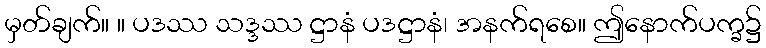
မှတ်ချက်။ ။ ပဒဿ သဒ္ဒဿ ဋ္ဌာနံ ပဒဋ္ဌာနံ၊ အနက်ရစေ။ ဤနောက်ပက္ခ၌